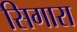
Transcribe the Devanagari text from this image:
सिगारा